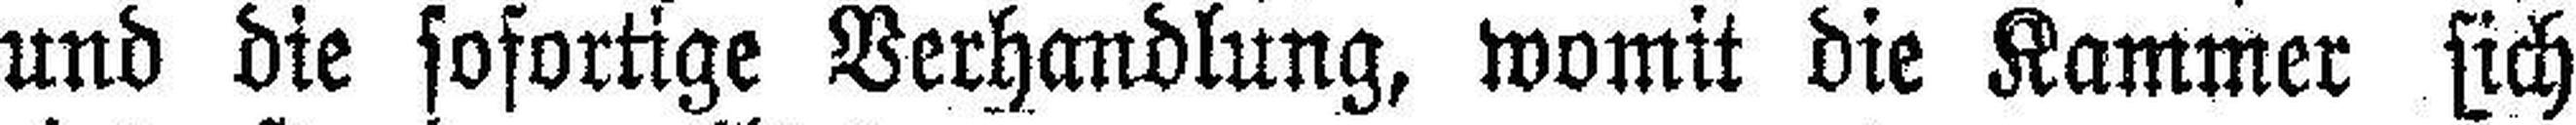
und die sofortige Verhandlung, womit die Kammer sich